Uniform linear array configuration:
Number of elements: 8
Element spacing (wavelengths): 0.5
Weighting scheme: hann
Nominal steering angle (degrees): -45
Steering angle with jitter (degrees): -43.099
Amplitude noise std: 0.05
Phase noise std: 0.05

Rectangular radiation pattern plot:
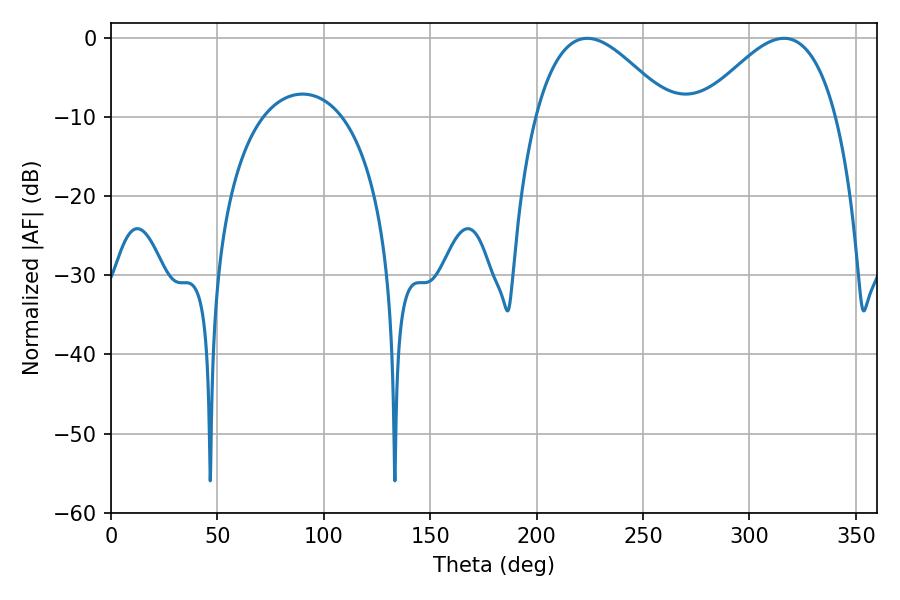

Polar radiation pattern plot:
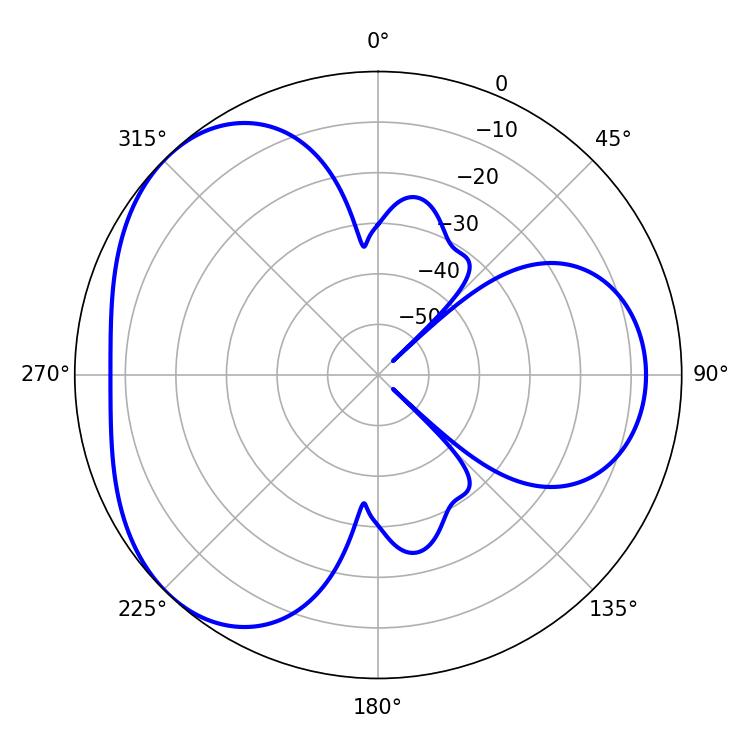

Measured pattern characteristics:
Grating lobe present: FALSE
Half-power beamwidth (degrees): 34.56
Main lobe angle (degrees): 316.26